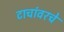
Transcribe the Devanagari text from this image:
टाचांवरचे